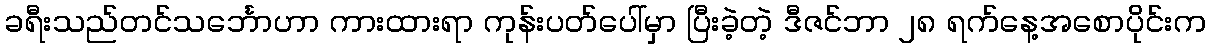
ခရီးသည်တင်သင်္ဘောဟာ ကားထားရာ ကုန်းပတ်ပေါ်မှာ ပြီးခဲ့တဲ့ ဒီဇင်ဘာ ၂၈ ရက်နေ့အစောပိုင်းက